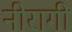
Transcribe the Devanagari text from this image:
नीरागी